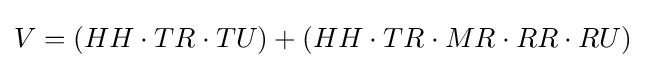
V=(HH\cdot TR\cdot TU)+(HH\cdot TR\cdot MR\cdot RR\cdot RU)